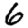
Digit: 6